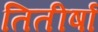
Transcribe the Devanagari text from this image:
तितीर्षा